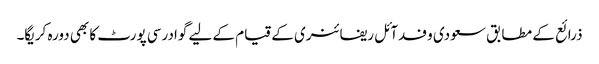
ذرائع کے مطابق سعودی وفدآئل ریفائنری کے قیام کے لیے گوادرسی پورٹ کا بھی دورہ کریگا۔